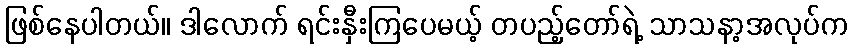
ဖြစ်နေပါတယ်။ ဒါလောက် ရင်းနှီးကြပေမယ့် တပည့်တော်ရဲ့ သာသနာ့အလုပ်က